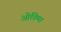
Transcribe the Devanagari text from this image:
ओत्तिमा